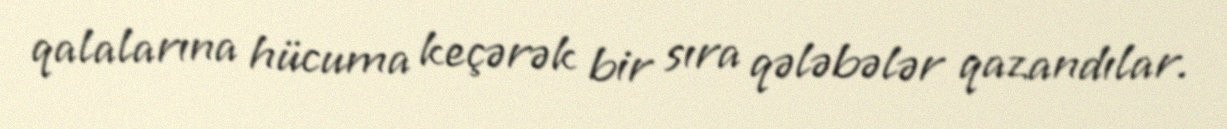
qalalarına hücuma keçərək bir sıra qələbələr qazandılar.